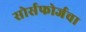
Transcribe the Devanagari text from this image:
सोर्सफोर्जचा